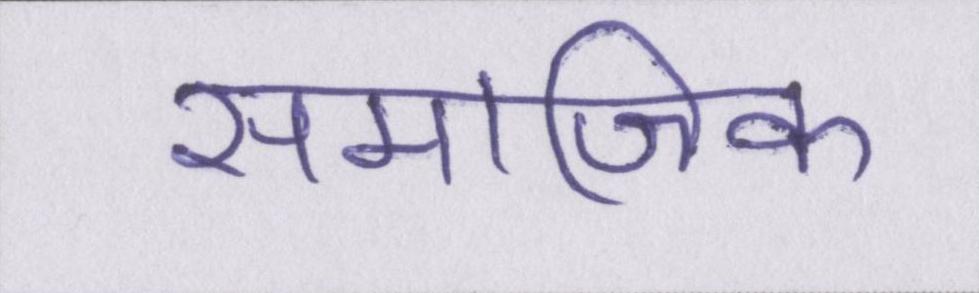
समाजिक